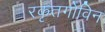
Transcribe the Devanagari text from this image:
रकृतगोविन